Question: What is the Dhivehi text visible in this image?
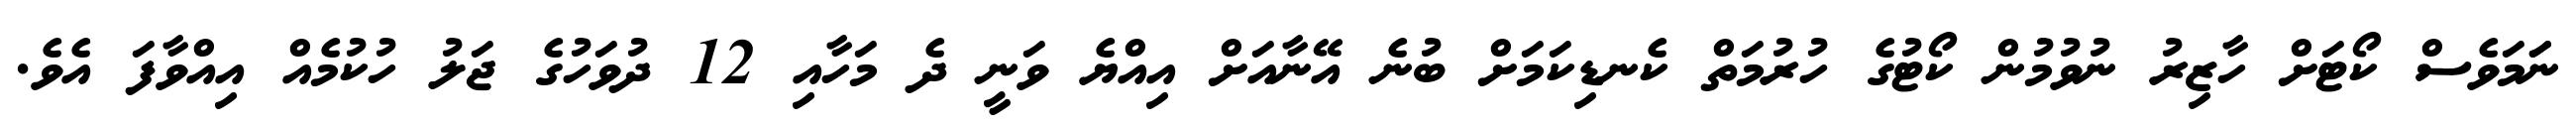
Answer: ނަަމަވެސް ކޯޓަށް ހާޒިރު ނުވުމުން ކޯޓުގެ ހުރުމަތް ކެނޑިކަމަށް ބުނެ އޭނާއަށް އިއްޔެ ވަނީ ދެ މަހާއި 12 ދުވަހުގެ ޖަލު ހުކުމެއް އިއްވާފަ އެވެ.